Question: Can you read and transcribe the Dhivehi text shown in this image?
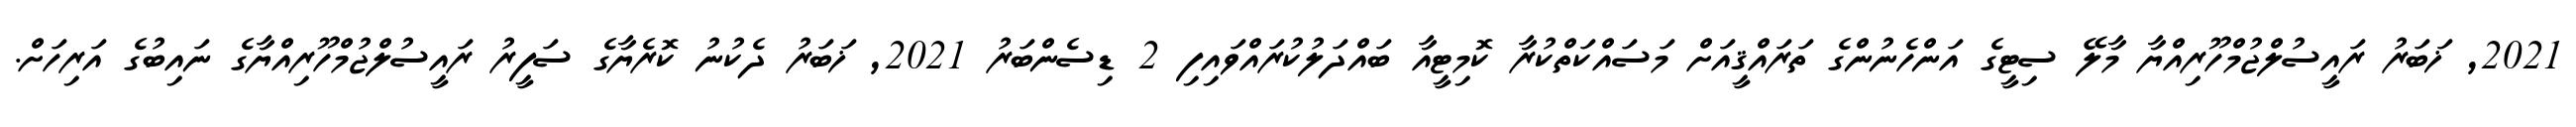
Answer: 2021, ޚަބަރު ރައީސުލްޖުމްހޫރިއްޔާ މާލޭ ސިޓީގެ އަންހެނުންގެ ތަރައްޤީއަށް މަސައްކަތްކުރާ ކޮމިޓީއާ ބައްދަލުކުރައްވައިފި 2 ޑިސެންބަރު 2021, ޚަބަރު ދެކުނު ކޮރެޔާގެ ސަފީރު ރައީސުލްޖުމްހޫރިއްޔާގެ ނައިބުގެ އަރިހަށް.